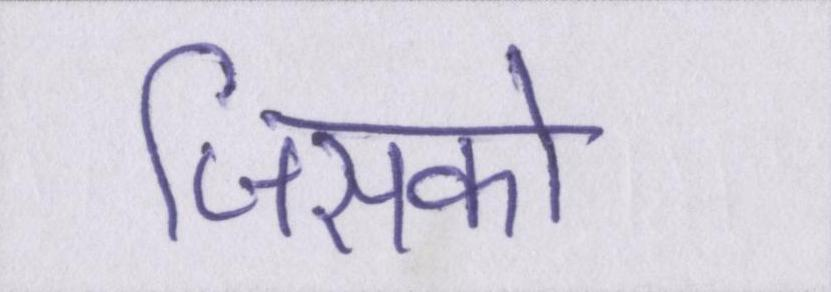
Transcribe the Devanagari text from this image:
जिसको